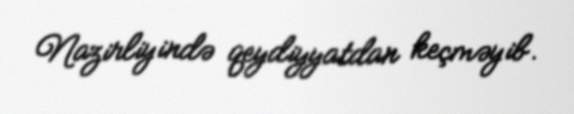
Nazirliyində qeydiyyatdan keçməyib.